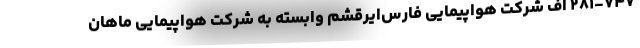
۲۸۱-۷۴۷ اف شرکت هواپیمایی فارس‌ایرقشم وابسته به شرکت هواپیمایی ماهان